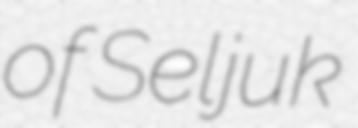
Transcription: of Seljuk